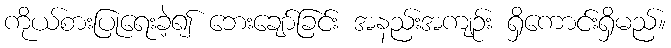
ကိုယ်စားပြုရေးခဲ့၍ ဘေးချော်ခြင်း အနည်းအကျဉ်း ရှိကောင်းရှိမည်။